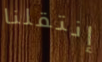
إنتقلنا